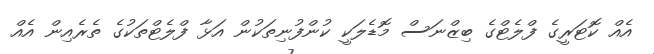
އެއް ކޮޓަރީގެ ފްލެޓްގެ ބިޒްނަސް މޮޑެލަކީ ކުންފުނިތަކުން އަޅާ ފްލެޓްތަކުގެ ތެރެއިން އެއް